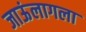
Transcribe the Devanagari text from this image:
जाऊंलागला